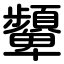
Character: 顰